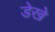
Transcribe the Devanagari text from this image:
डेखे